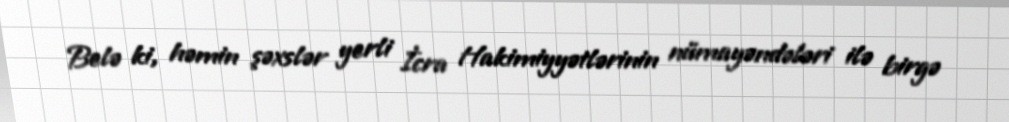
Belə ki, həmin şəxslər yerli İcra Hakimiyyətlərinin nümayəndələri ilə birgə